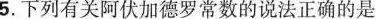
5.下列有关阿伏加德罗常数的说法正确的是